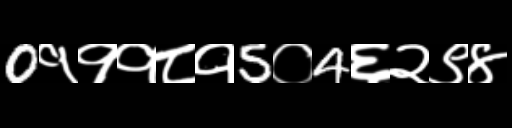
Text: 0१११८१5०4६२९४